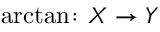
\arctan \colon X \to Y